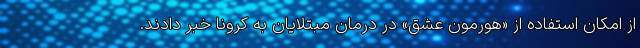
از امکان استفاده از «هورمون عشق» در درمان مبتلایان به کرونا خبر دادند.